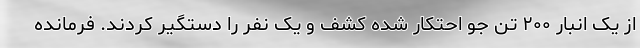
از یک انبار ۲۰۰ تن جو احتکار شده کشف و یک نفر را دستگیر کردند. فرمانده